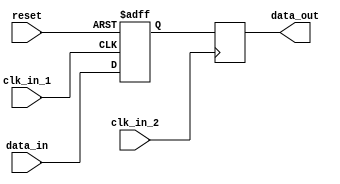
module multi_channel_synchronizer (
    input wire clk_in_1,
    input wire clk_in_2,
    input wire reset,
    input wire data_in,
    output wire data_out
);

reg synchronized_data;

// Timing control block for clock domain 1
always @(posedge clk_in_1 or posedge reset) begin
    if (reset) begin
        synchronized_data <= 1'b0;
    end else begin
        synchronized_data <= data_in;
    end
end

// Synchronization block for aligning clock domains
always @(posedge clk_in_2) begin
    data_out <= synchronized_data;
end

endmodule